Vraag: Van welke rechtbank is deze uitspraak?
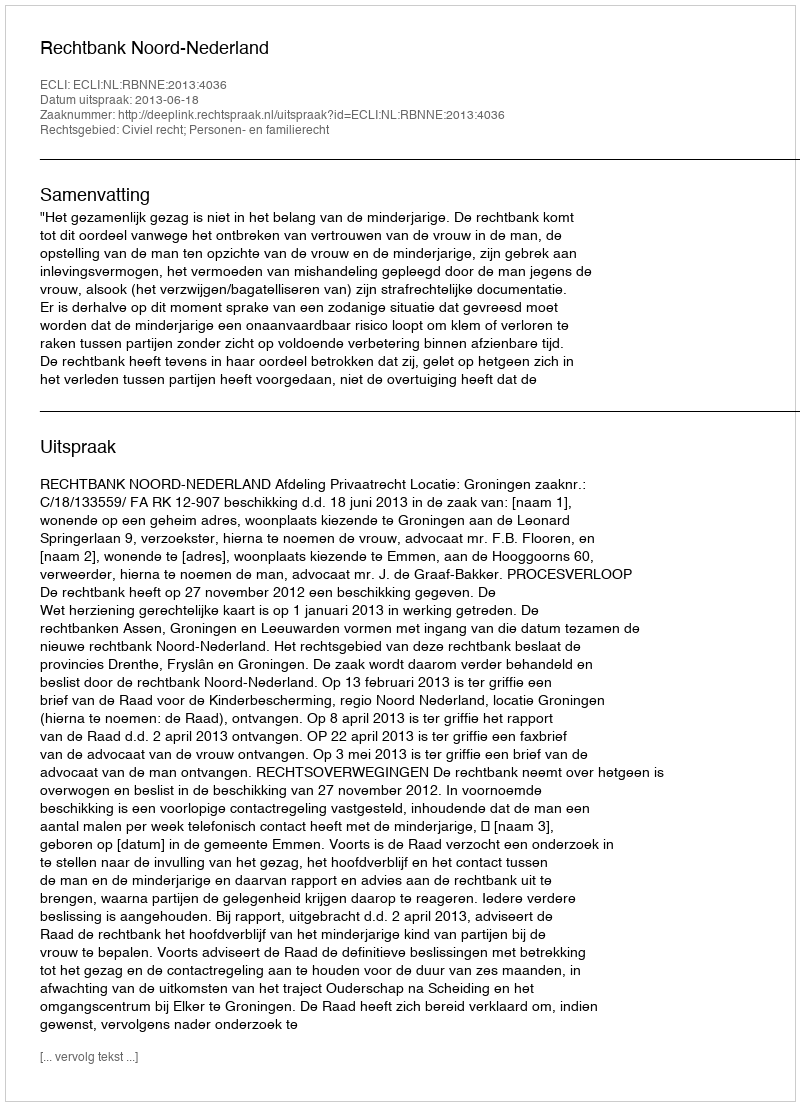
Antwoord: Rechtbank Noord-Nederland